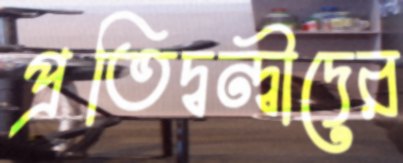
প্রতিদ্বন্দ্বীদের